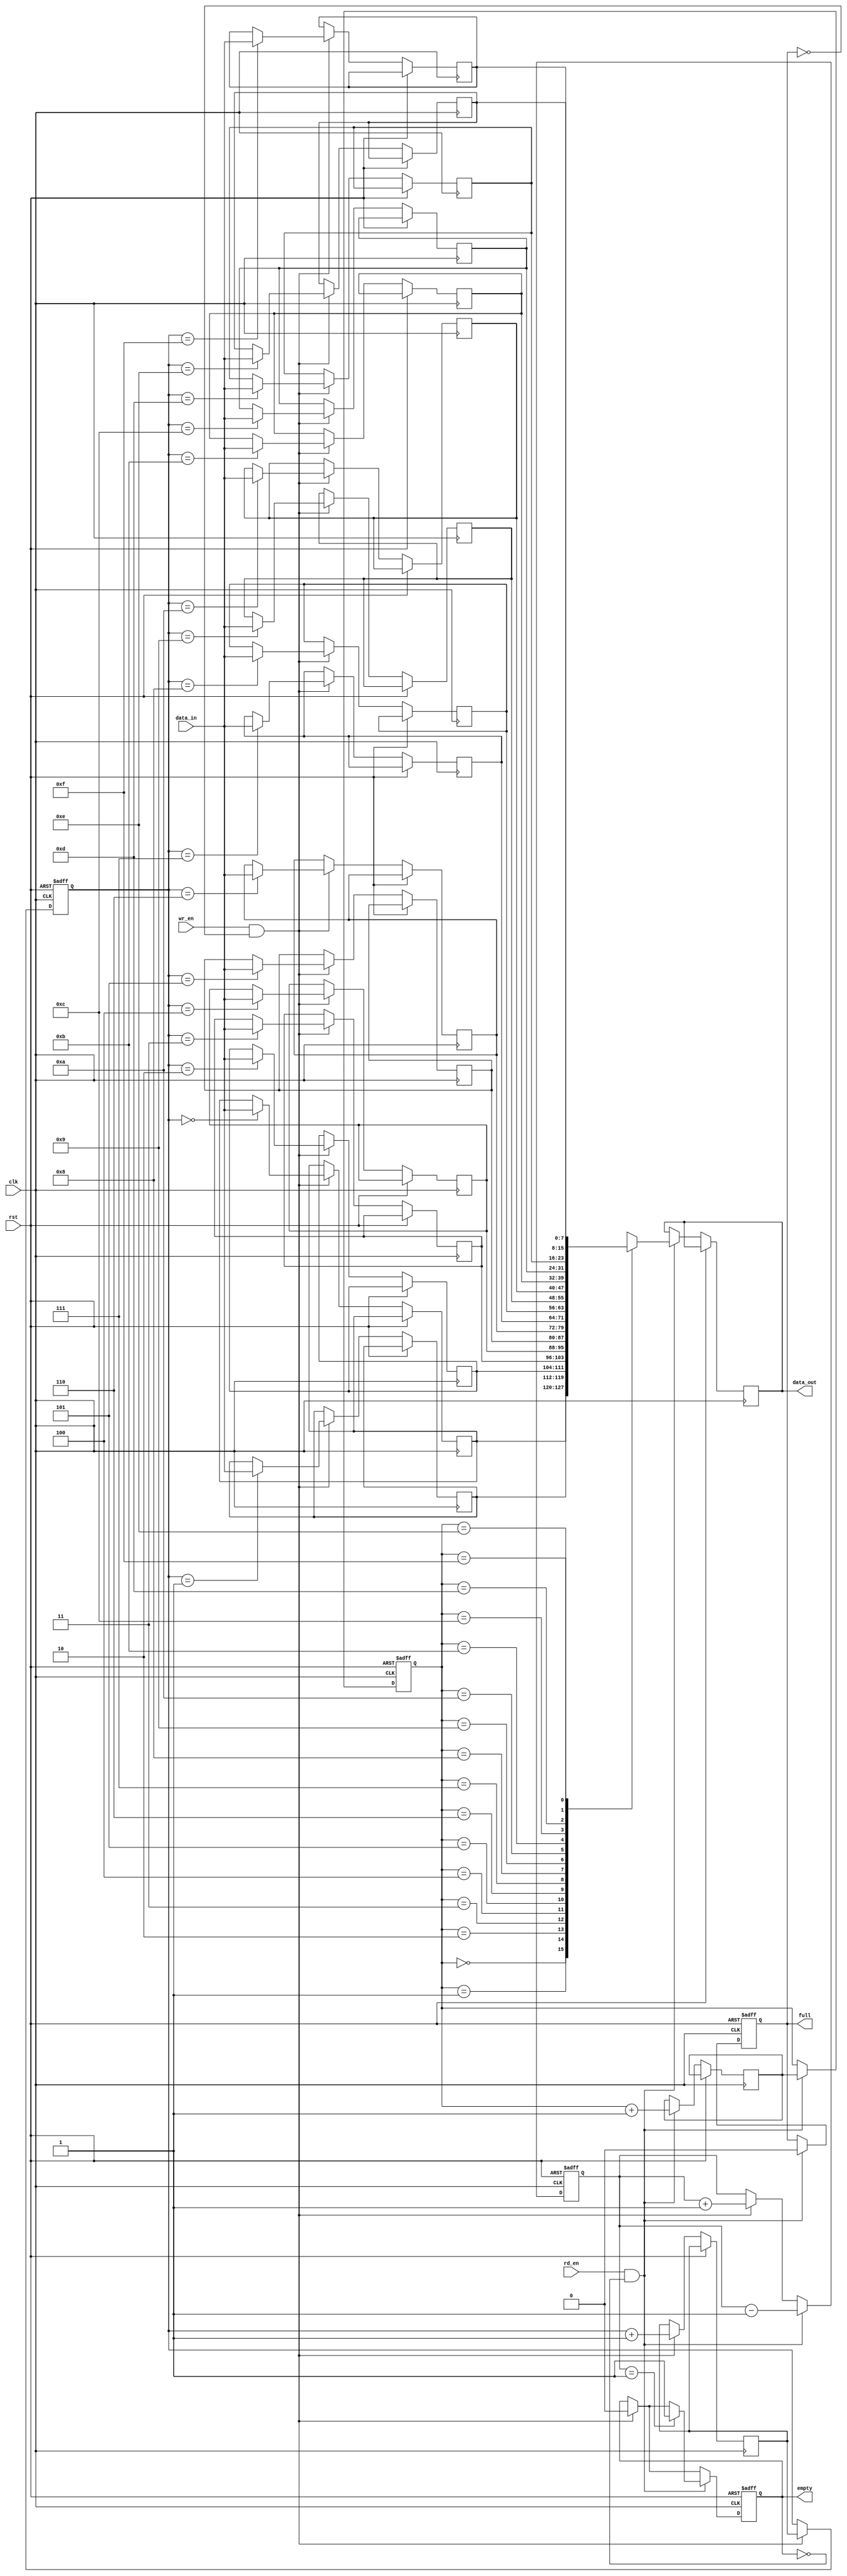
module fifo (
    input wire clk,
    input wire rst,
    input wire wr_en,
    input wire [7:0] data_in,
    input wire rd_en,
    output wire [7:0] data_out,
    output wire empty,
    output wire full
);

parameter DEPTH = 16;
reg [7:0] mem [0:DEPTH-1];
reg [3:0] wr_ptr;
reg [3:0] rd_ptr;
reg [3:0] next_wr_ptr;
reg [3:0] next_rd_ptr;
reg [3:0] count;
reg toggle;

always @(posedge clk or posedge rst) begin
    if (rst) begin
        wr_ptr <= 4'b0000;
        rd_ptr <= 4'b0000;
        count <= 4'b0000;
        toggle <= 1'b0;
        full <= 1'b0;
        empty <= 1'b1;
    end else begin
        if (wr_en && !full) begin
            mem[wr_ptr] <= data_in;
            next_wr_ptr <= wr_ptr + 1;
            count <= count + 1;
            wr_ptr <= next_wr_ptr;
            empty <= 1'b0;
            if (count == DEPTH) begin
                full <= 1'b1;
            end
        end
        if (rd_en && !empty) begin
            data_out <= mem[rd_ptr];
            next_rd_ptr <= rd_ptr + 1;
            count <= count - 1;
            rd_ptr <= next_rd_ptr;
            full <= 1'b0;
            if (count == 1) begin
                empty <= 1'b1;
            end
        end
    end
end

endmodule